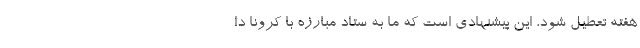
هفته تعطیل شود، این پیشنهادی است که ما به ستاد مبارزه با کرونا دا